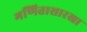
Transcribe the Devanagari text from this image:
गणितासारखा